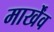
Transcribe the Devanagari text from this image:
मार्खेंव